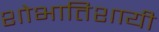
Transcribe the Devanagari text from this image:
शोभातिशायी